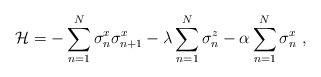
LaTeX: \begin{align*}\mathcal{H}=-\sum_{n=1}^N \sigma_n^{x}\sigma_{n+1}^x-\lambda \sum_{n=1}^N \sigma_n^z-\alpha \sum_{n=1}^N\sigma_n^x \ ,\end{align*}